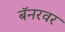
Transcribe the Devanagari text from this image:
बॅनरवर